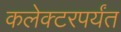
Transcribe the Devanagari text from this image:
कलेक्टरपर्यंत